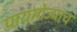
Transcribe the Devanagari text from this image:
पायमोज्याच